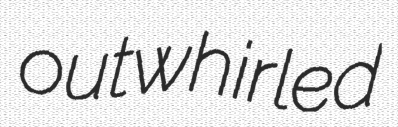
outwhirled